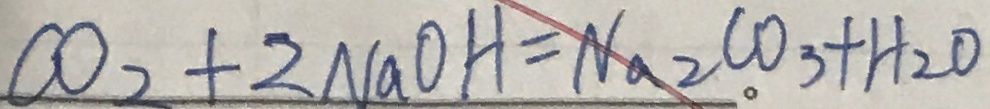
C O _ { 2 } + 2 N a O H = N a _ { 2 } C O _ { 3 } + H _ { 2 } O